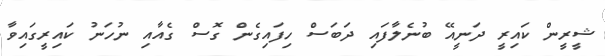
ޝީރީން ކައިރީ ދަނީއޭ ބުނެލާފައި ދަބަސް ހިފައިގެން ގޮސް ގެއާއި ނުހަނު ކައިރީގައިވާ